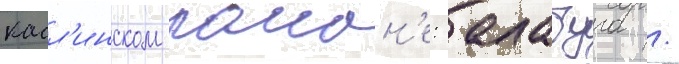
касл'инском раион'е: алабуга /